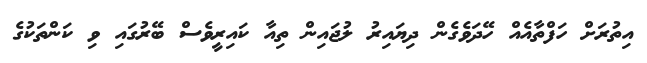
އިތުރަށް ހަފްތާއެއް ހޭދަވެގެން ދިޔައިރު ލުޖައިން ތިއާ ކައިރީވެސް ބޭރުގައި ވި ކަންތަކުގެ